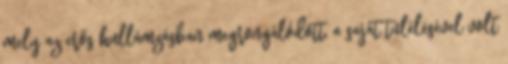
mely az erős hullámzásban megrongálódott, a saját túlélésével volt